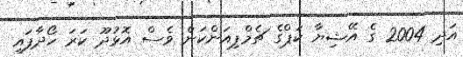
އަދި 2004 ގެ އޭޝިޔާ ކަޕްގެ ޗެމްޕިއަންކަން ވެސް އޮޅުދޫ ކަރަ ހޯދާފައި